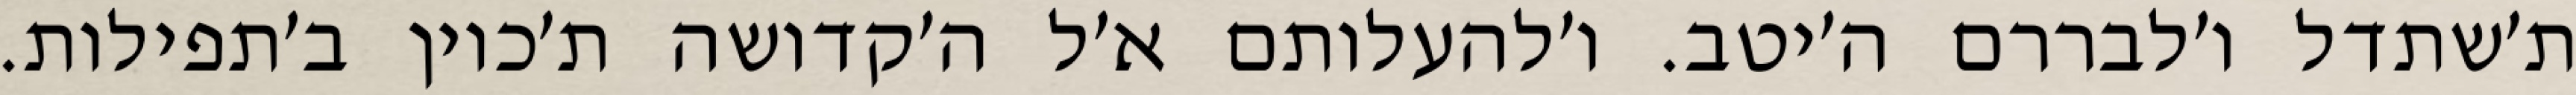
ת׳שתדל ו׳לבררם ה׳יטב. ו׳להעלותם א׳ל ה׳קדושה ת׳כוין ב׳תפילות.